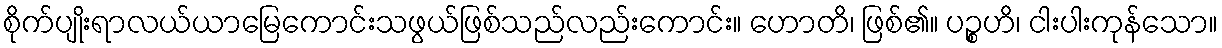
စိုက်ပျိုးရာလယ်ယာမြေကောင်းသဖွယ်ဖြစ်သည်လည်းကောင်း။ ဟောတိ၊ ဖြစ်၏။ ပဉ္စဟိ၊ ငါးပါးကုန်သော။